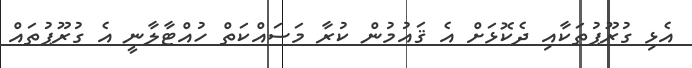
އެޅި ގުރޫޕުތަކާއި ދެކޮޅަށް އެ ޤައުމުން ކުރާ މަސައްކަތް ހުއްޓާލާނީ އެ ގުރޫޕުތައް